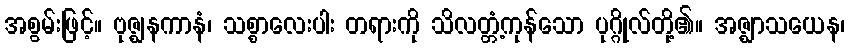
အစွမ်းဖြင့်။ ဗုဇ္ဈနကာနံ၊ သစ္စာလေးပါး တရားကို သိလတ္တံ့ကုန်သော ပုဂ္ဂိုလ်တို့၏။ အဇ္ဈာသယေန၊